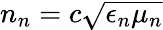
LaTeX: n_{n}=c\sqrt{\epsilon_{n}\mu_{n}}